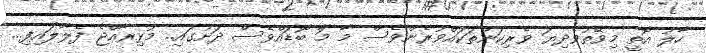
ހާލު އޮތީ މިވޭތުވެދިޔަ ވެރިކަންތަކައްވުރެންވެސް މާ މަާ ބޮޑައްވެސް ދަށުގައި.. މުޅިރާއްޖެ ފެލާލައިފި...